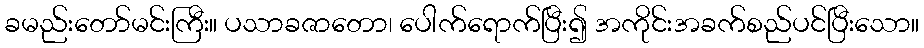
ခမည်းတော်မင်းကြီး။ ပသာခဇာတော၊ ပေါက်ရောက်ပြီး၍ အကိုင်းအခက်စည်ပင်ပြီးသော။